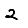
Digit: 2